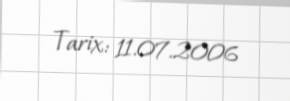
Tarix: 11.07.2006